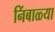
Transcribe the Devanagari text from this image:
निंबाळ्या